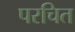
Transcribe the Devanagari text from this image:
परचित